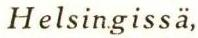
Helsingissä,